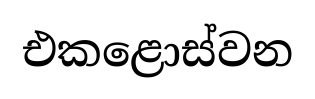
එකළොස්වන